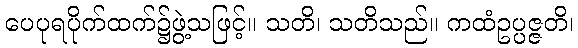
ပေပုရပိုက်ထက်၌ဖွဲ့သဖြင့်။ သတိ၊ သတိသည်။ ကထံဥပ္ပဇ္ဇတိ၊